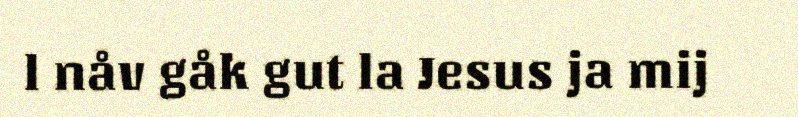
l nåv gåk gut la Jesus ja mij